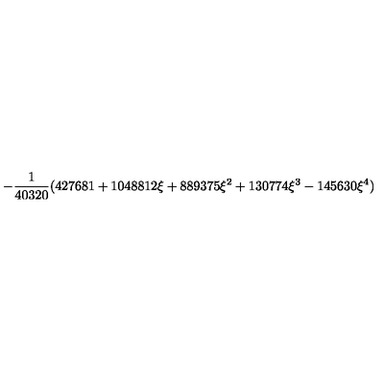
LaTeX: \displaystyle - \frac { 1 } { 4 0 3 2 0 } ( 4 2 7 6 8 1 + 1 0 4 8 8 1 2 \xi + 8 8 9 3 7 5 \xi ^ { 2 } + 1 3 0 7 7 4 \xi ^ { 3 } - 1 4 5 6 3 0 \xi ^ { 4 } )